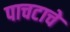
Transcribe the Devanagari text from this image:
पाचटाचे